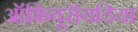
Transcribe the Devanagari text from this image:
ऑफियूरॉयडिया